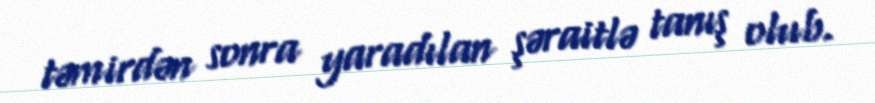
təmirdən sonra yaradılan şəraitlə tanış olub.